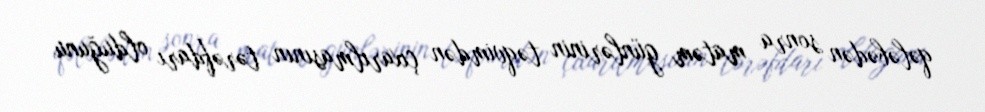
qələbədən sonra matəm günlərinin təqvimdən çıxarılmasının tərəfdarı olduğunu